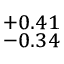
^ { + 0 . 4 1 } _ { - 0 . 3 4 }